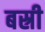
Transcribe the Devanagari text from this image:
बस्री